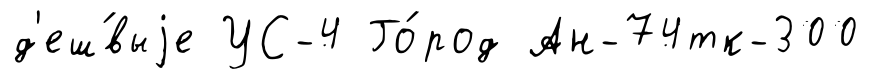
д'еш́выjе УС-4 Го́род Ан-74тк-300